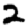
Digit: 2